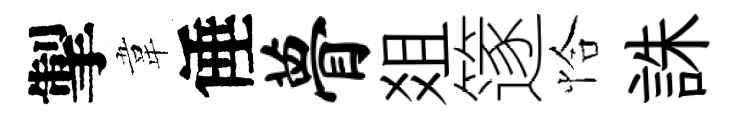
掣韋倕瞢爼篴恰誅